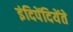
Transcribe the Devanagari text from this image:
इंदिपेंदियेंते